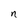
Character: n